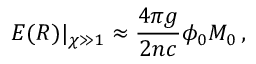
E ( R ) | _ { \chi \gg 1 } \approx \frac { 4 \pi g } { 2 n c } \phi _ { 0 } M _ { 0 } \, ,